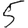
Digit: 5